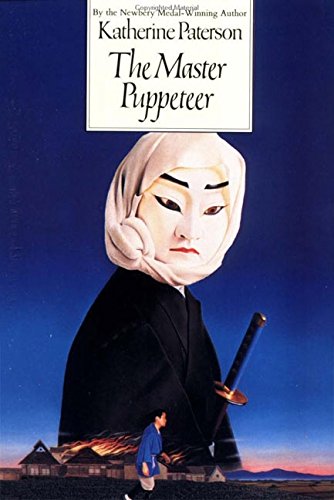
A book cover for The Master Puppeteer; Katherine Paterson; Teen & Young Adult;